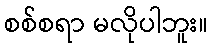
စစ်စရာ မလိုပါဘူး။